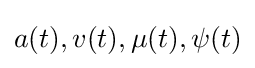
a(t),v(t),\mu (t),\psi (t)